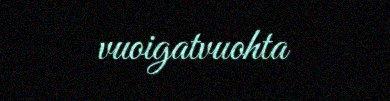
vuoigatvuohta